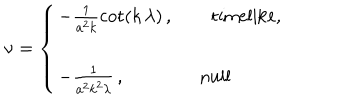
\nu = \left\{ \begin{array} { l } { { - \frac { 1 } { a ^ { 2 } k } { \cot } ( k \, \lambda ) \, , \qquad \mathrm { t i m e l i k e } , } } \\ { { - \frac { 1 } { a ^ { 2 } k ^ { 2 } \lambda } \, , \qquad \qquad \mathrm { n u l l } } } \\ \end{array} \right.